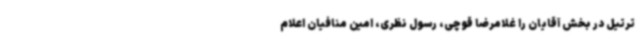
ترتیل در بخش آقایان را غلامرضا قوچی، رسول نظری، امین منافیان اعلام